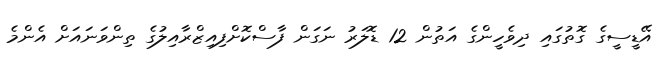
އޭޑީސީގެ ގޮތުގައި ދިވެހީންގެ އަތުން 12 ޑޮލަރު ނަގަން ފާސްކޮށްފިއިޒްރާއިލުގެ ތިންވަނައަށް އެންމެ